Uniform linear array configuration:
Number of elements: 8
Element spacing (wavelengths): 0.25
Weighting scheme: kaiser
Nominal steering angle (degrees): -15
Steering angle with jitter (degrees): -13.03
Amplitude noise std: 0.05
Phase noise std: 0.05

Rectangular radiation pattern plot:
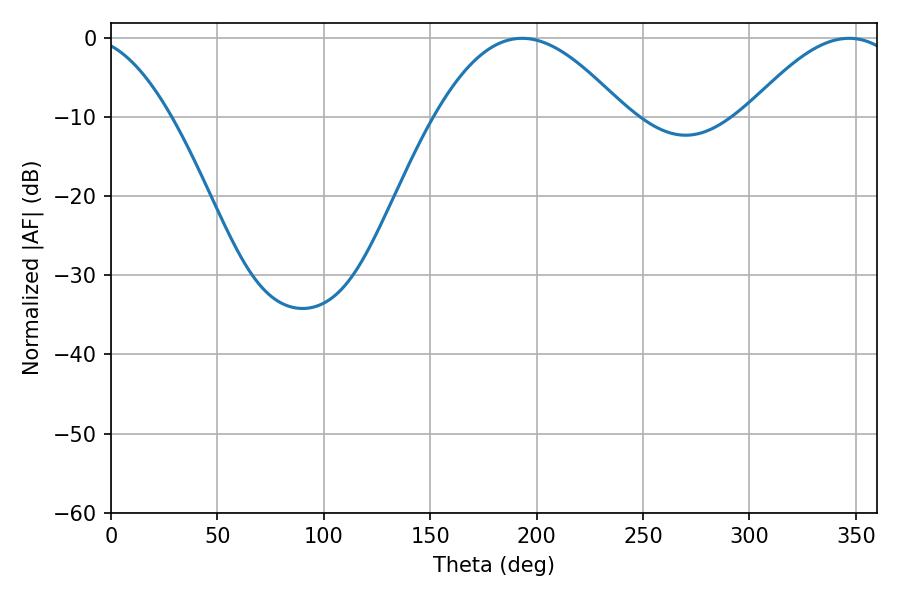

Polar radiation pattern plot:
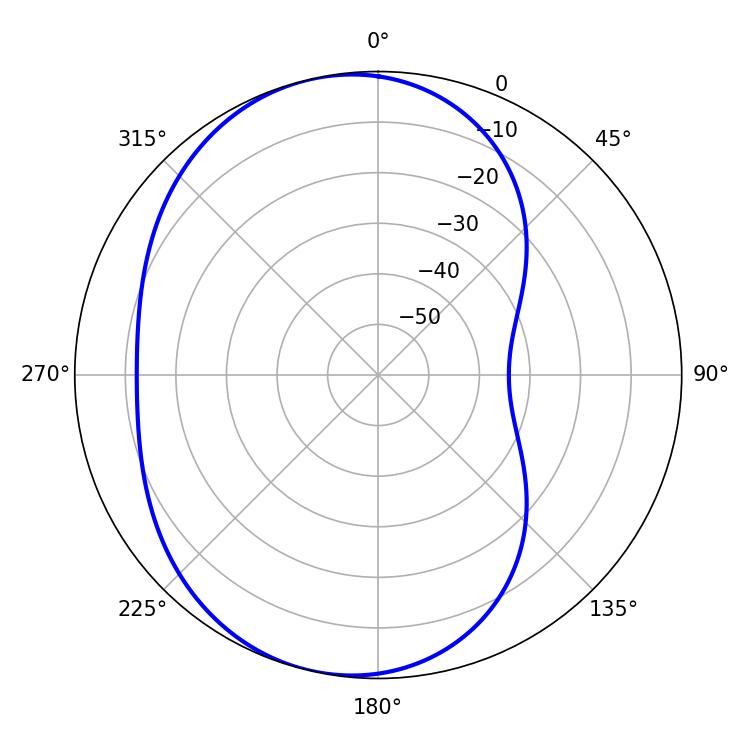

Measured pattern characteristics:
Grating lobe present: FALSE
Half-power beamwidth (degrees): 48.6
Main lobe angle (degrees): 193.14